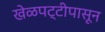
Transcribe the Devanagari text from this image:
खेळपट्टीपासून